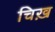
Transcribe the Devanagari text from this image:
चिख़